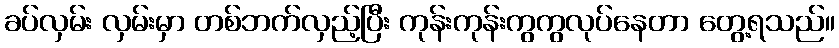
ခပ်လှမ်း လှမ်းမှာ တစ်ဘက်လှည့်ပြီး ကုန်းကုန်းကွကွလုပ်နေတာ တွေ့ရသည်။